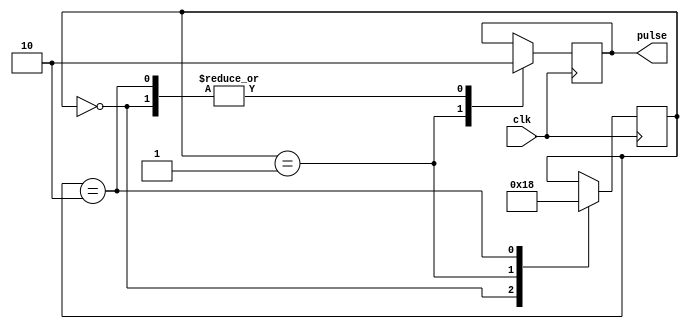
module AsynchronousPulseGenerator (
  input wire clk,
  output wire pulse
);

reg [1:0] state;
reg pulse_reg;

always @(posedge clk) begin
  case (state)
    2'd0: begin
      pulse_reg <= 1'b0;
      state <= 2'd1;
    end
    2'd1: begin
      pulse_reg <= 1'b1;
      state <= 2'd2;
    end
    2'd2: begin
      pulse_reg <= 1'b0;
      state <= 2'd0;
    end
  endcase
end

assign pulse = pulse_reg;

endmodule